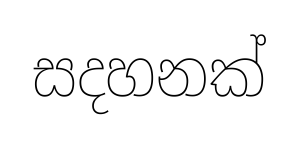
සදහනක්